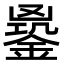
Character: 𨩹